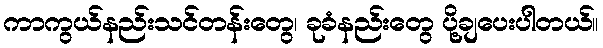
ကာကွယ်နည်းသင်တန်းတွေ၊ ခုခံနည်းတွေ ပို့ချပေးပါတယ်။